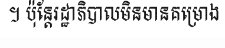
។ ប៉ុន្តែរដ្ឋាភិបាលមិនមានគម្រោង